Epidemic dropsy in Calcutta - Number 49
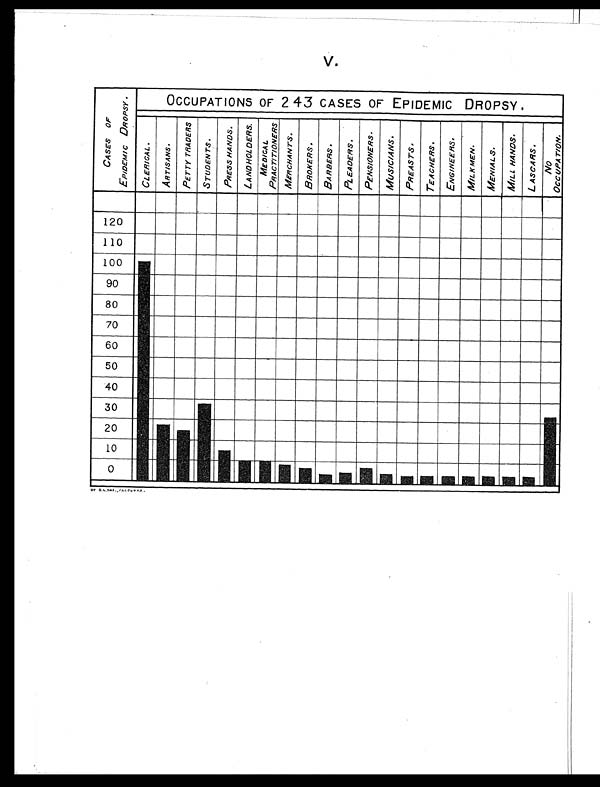
V.
BY B. L DAS., CALCUTTA .